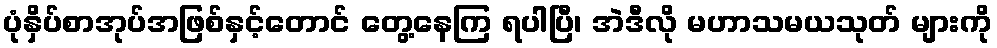
ပုံနှိပ်စာအုပ်အဖြစ်နှင့်တောင် တွေ့နေကြ ရပါပြီ၊ အဲဒီလို မဟာသမယသုတ် များကို